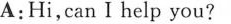
A:Hi,can I help you?